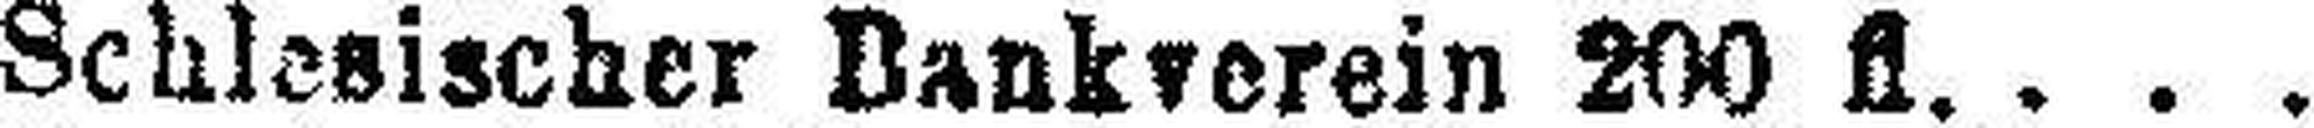
Schlesischer Bankverein 200 fl.